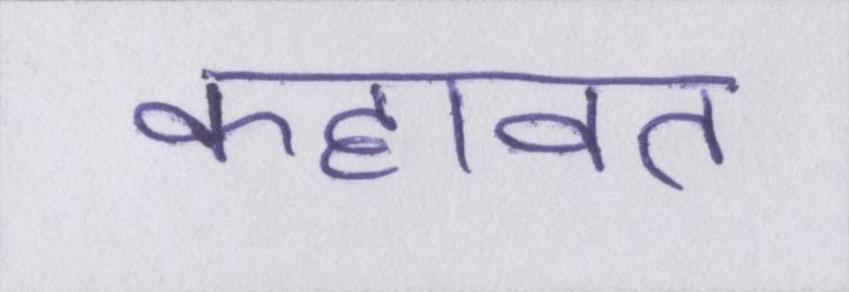
कहावत